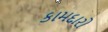
કામદારો